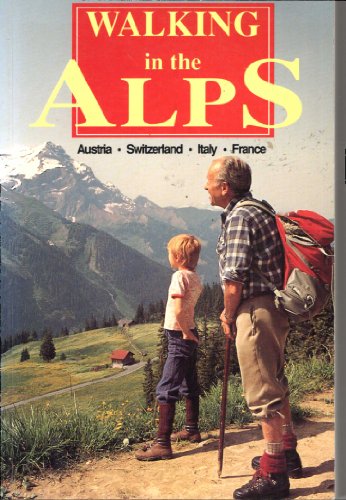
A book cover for Walking in the Alps; Brian Spencer; Travel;